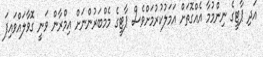
އަދި ޕާޓީގެ ނިންމުމާ އެއްގޮތަށް އަމަލުކުރުމަށްވެސް ޕާޓީގެ މެމްބަރުންނަށް އިމްރާން ވަނީ ގޮވާލައްވައިފަ